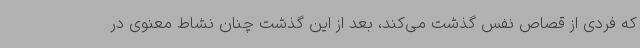
که فردی از قصاص نفس گذشت می‌کند، بعد از این گذشت چنان نشاط معنوی در